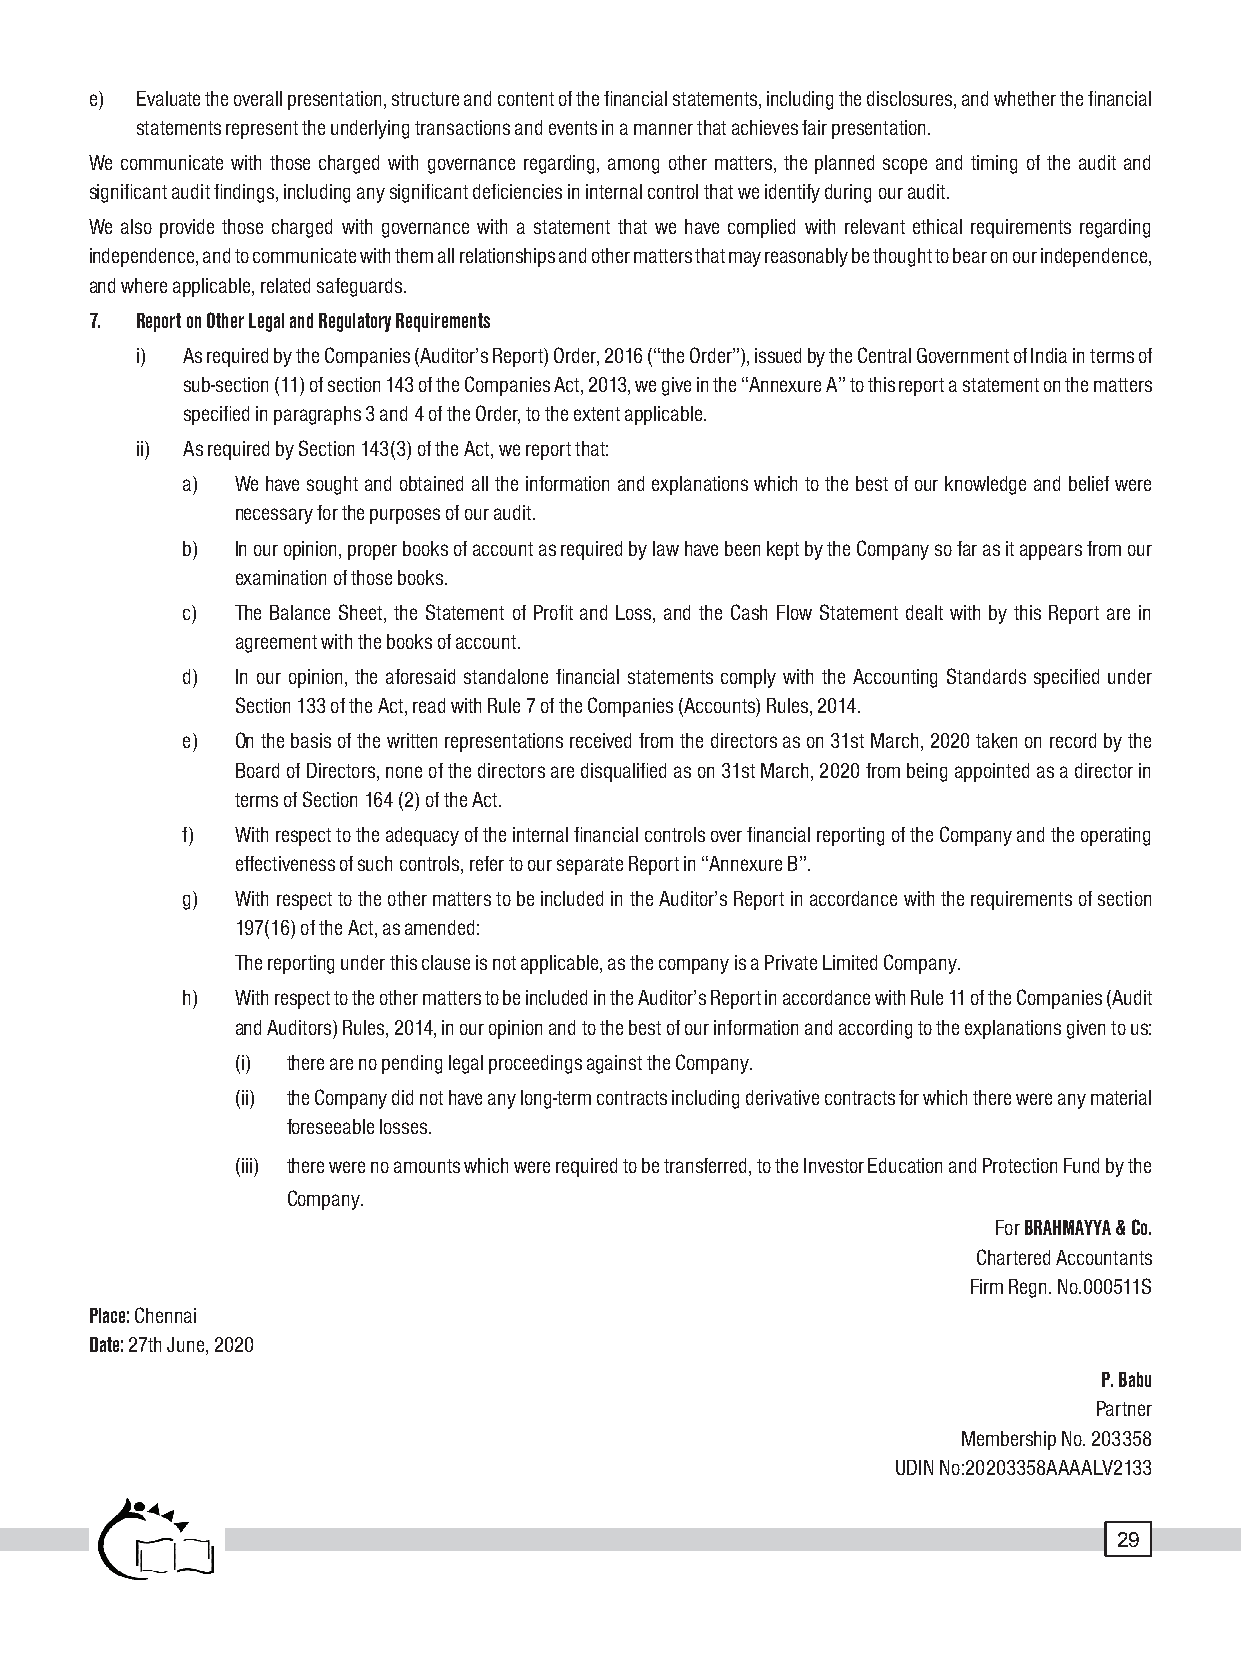
e) Evaluate the overall presentation, structure and content of the financial statements, including the disclosures, and whether the financial
 statements represent the underlying transactions and events in a manner that achieves fair presentation.
 We communicate with those charged with governance regarding, among other matters, the planned scope and timing of the audit and
 significant audit findings, including any significant deficiencies in internal control that we identify during our audit.
 We also provide those charged with governance with a statement that we have complied with relevant ethical requirements regarding
 independence, and to communicate with them all relationships and other matters that may reasonably be thought to bear on our independence,
 and where applicable, related safeguards.
 7. Report on Other Legal and Regulatory Requirements
 i) As required by the Companies (Auditor’s Report) Order, 2016 (“the Order”), issued by the Central Government of India in terms of
 sub-section (11) of section 143 of the Companies Act, 2013, we give in the “Annexure A” to this report a statement on the matters
 specified in paragraphs 3 and 4 of the Order, to the extent applicable.
 ii) As required by Section 143(3) of the Act, we report that:
 a)  We have sought and obtained all the information and explanations which to the best of our knowledge and belief were
 necessary for the purposes of our audit.
 b)  In our opinion, proper books of account as required by law have been kept by the Company so far as it appears from our
 examination of those books.
 c)  The Balance Sheet, the Statement of Profit and Loss, and the Cash Flow Statement dealt with by this Report are in
 agreement with the books of account.
 d)  In our opinion, the aforesaid standalone financial statements comply with the Accounting Standards specified under
 Section 133 of the Act, read with Rule 7 of the Companies (Accounts) Rules, 2014.
 e)  On the basis of the written representations received from the directors as on 31st March, 2020 taken on record by the
 Board of Directors, none of the directors are disqualified as on 31st March, 2020 from being appointed as a director in
 terms of Section 164 (2) of the Act.
 f)  With respect to the adequacy of the internal financial controls over financial reporting of the Company and the operating
 effectiveness of such controls, refer to our separate Report in “Annexure B”.
 g)  With respect to the other matters to be included in the Auditor’s Report in accordance with the requirements of section
 197(16) of the Act, as amended:
 The reporting under this clause is not applicable, as the company is a Private Limited Company.
 h)  With respect to the other matters to be included in the Auditor’s Report in accordance with Rule 11 of the Companies (Audit
 and Auditors) Rules, 2014, in our opinion and to the best of our information and according to the explanations given to us:
 (i) there are no pending legal proceedings against the Company.
 (ii) the Company did not have any long-term contracts including derivative contracts for which there were any material
 foreseeable losses.
 (iii) there were no amounts which were required to be transferred, to the Investor Education and Protection Fund by the
 Company.
 For BRAHMAYYA & Co.
 Chartered Accountants
 Firm Regn. No.000511S
 Place: Chennai
 Date: 27th June, 2020
 P. Babu
 Partner
 Membership No. 203358
 UDIN No:20203358AAAALV2133
 29